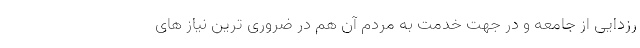
رزدایی از جامعه و در جهت خدمت به مردم آن هم در ضروری ترین نیاز های